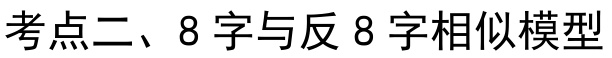
考点二、8字与反8字相似模型